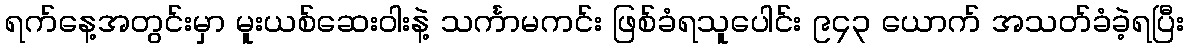
ရက်နေ့အတွင်းမှာ မူးယစ်ဆေးဝါးနဲ့ သင်္ကာမကင်း ဖြစ်ခံရသူပေါင်း ၉၄၃ ယောက် အသတ်ခံခဲ့ရပြီး